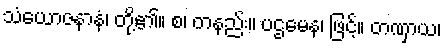
သံယောဇနာနံ၊ တို့၏။ စ၊ တနည်း။ ပဌမေန၊ ဖြင့်။ တဏှာယ၊